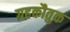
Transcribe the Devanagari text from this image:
ग्रहकौतुक